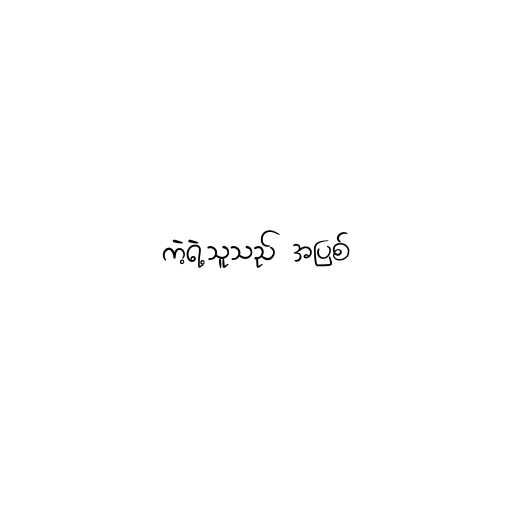
ကဲ့ရဲ့သူသည် အပြစ်